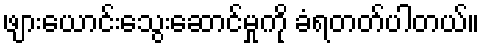
ဖျားယောင်းသွေးဆောင်မှုကို ခံရတတ်ပါတယ်။